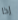
إذا